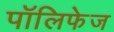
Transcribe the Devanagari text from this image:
पॉलिफेज